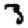
Digit: 3